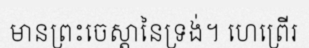
មានព្រះចេស្តានៃទ្រង់។ ហេព្រើរ